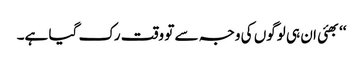
‘‘بھئی ان ہی لوگوں کی وجہ سے تو وقت رک گیا ہے۔